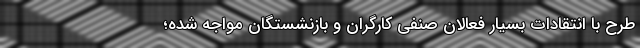
طرح با انتقادات بسیار فعالان صنفی کارگران و بازنشستگان مواجه شده؛